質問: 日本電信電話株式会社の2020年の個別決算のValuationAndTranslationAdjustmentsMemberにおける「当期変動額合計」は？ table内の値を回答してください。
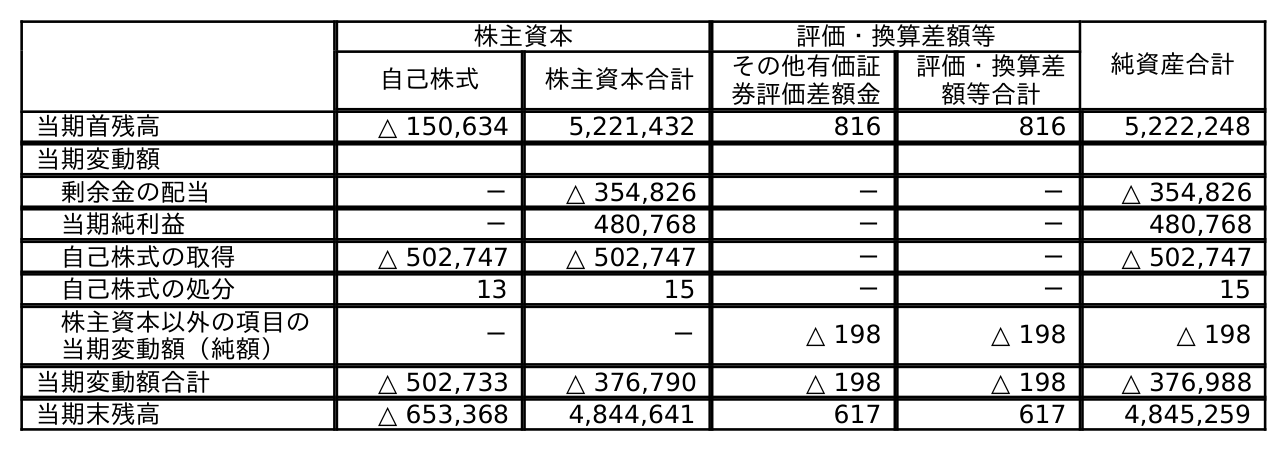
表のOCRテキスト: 株主資本 評価・換算差額等 純資産合計 自己株式 株主資本合計 その他有価証 券評価差額金 評価・換算差 額等合計 当期首残高 △ 150,634 5,221,432 816 816 5,222,248 当期変動額 剰余金の配当 － △ 354,826 － － △ 354,826 当期純利益 － 480,768 － － 480,768 自己株式の取得 △ 502,747 △ 502,747 － － △ 502,747 自己株式の処分 13 15 － － 15 株主資本以外の項目の 当期変動額（純額） － － △ 198 △ 198 △ 198 当期変動額合計 △ 502,733 △ 376,790 △ 198 △ 198 △ 376,988 当期末残高 △ 653,368 4,844,641 617 617 4,845,259
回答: △198